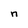
Character: n